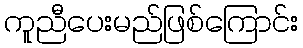
ကူညီပေးမည်ဖြစ်ကြောင်း